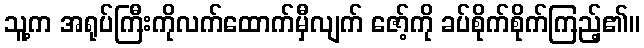
သူ့က အရုပ်ကြီးကိုလက်ထောက်မှီလျက် ဇော့်ကို ခပ်စိုက်စိုက်ကြည့်၏။